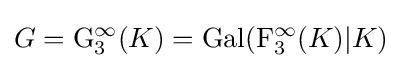
G=\mathrm {G} _{3}^{\infty }(K)=\mathrm {Gal} (\mathrm {F} _{3}^{\infty }(K)|K)